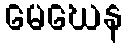
မေဃေန